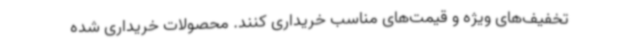
تخفیف‌های ویژه و قیمت‌های مناسب خریداری کنند. محصولات خریداری شده